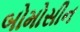
બોમોસીન